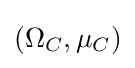
(\Omega _{C},\mu _{C})